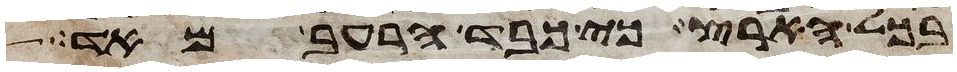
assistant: בכל הארץ כי כבד הרעב מאד